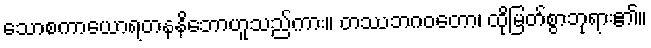
သောစကာယောရတနနိဘောဟူသည်ကား။ တဿဘဂဝတော၊ ထိုမြတ်စွာဘုရား၏။